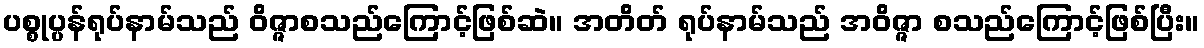
ပစ္စုပ္ပန်ရုပ်နာမ်သည် ဝိဇ္ဇာစသည်ကြောင့်ဖြစ်ဆဲ။ အတိတ် ရုပ်နာမ်သည် အဝိဇ္ဇာ စသည်ကြောင့်ဖြစ်ပြီး။